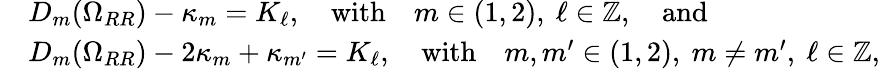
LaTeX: \begin{array}{rl}&{D_{m}(\Omega_{RR})-\kappa_{m}=K_{\ell},\quad\mathrm{with}\quad m\in(1,2),~\ell\in\mathbb{Z},\quad\mathrm{and}}\\ &{D_{m}(\Omega_{RR})-2\kappa_{m}+\kappa_{m^{\prime}}=K_{\ell},\quad\mathrm{with}\quad m,m^{\prime}\in(1,2),~m\neq m^{\prime},~\ell\in\mathbb{Z},}\end{array}